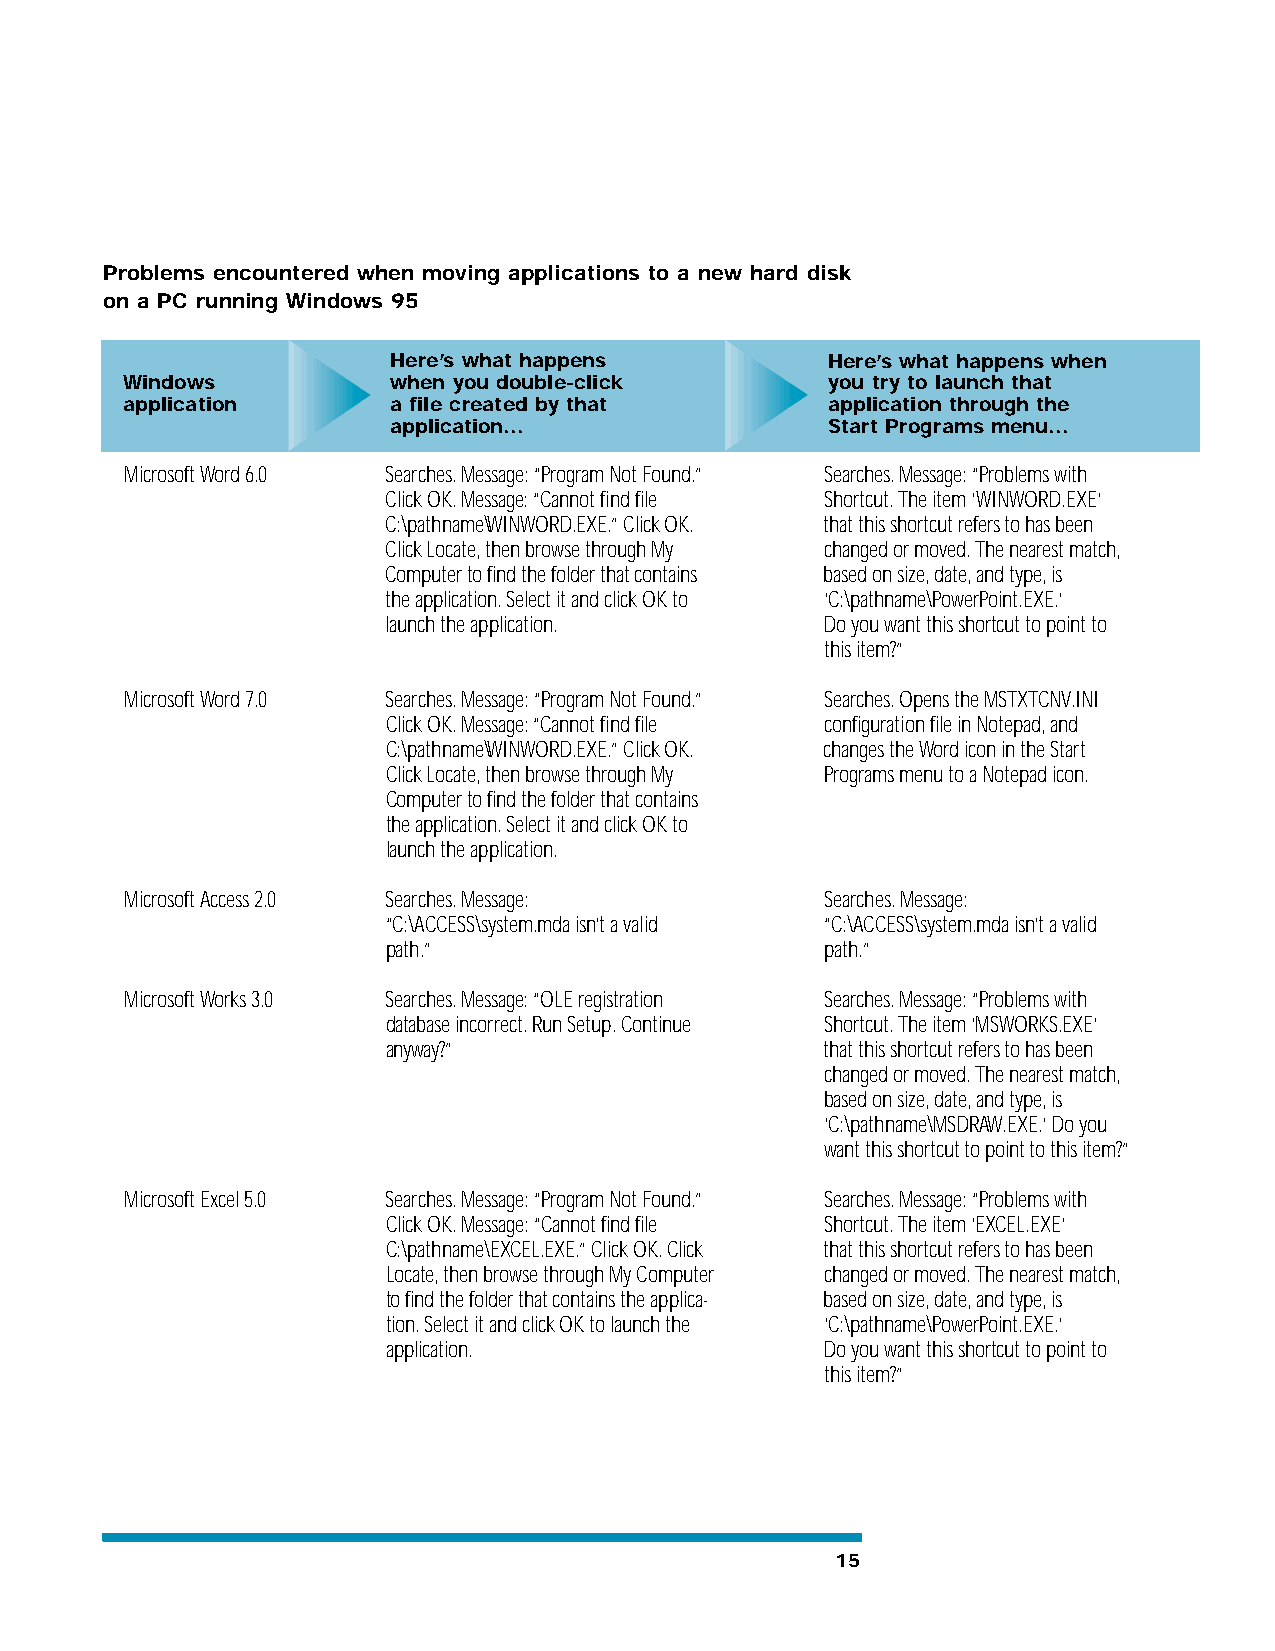
Problems encountered when moving applications to a new hard disk
 on a PC running Windows 95
 Here’s what happens          Here’s what happens when
 Windows           when you double-click        you try to launch that
 application       a file created by that       application through the
 application...               Start Programs menu...
 Microsoft Word 6.0 Searches. Message: “Program Not Found.” Searches. Message: “Problems with
 Click OK. Message: “Cannot find file Shortcut. The item ‘WINWORD.EXE’
 C:\pathname\WINWORD.EXE.” Click OK. that this shortcut refers to has been
 Click Locate, then browse through My changed or moved. The nearest match,
 Computer to find the folder that contains based on size, date, and type, is
 the application. Select it and click OK to ‘C:\pathname\PowerPoint.EXE.’
 launch the application.      Do you want this shortcut to point to
 this item?”
 Microsoft Word 7.0 Searches. Message: “Program Not Found.” Searches. Opens the MSTXTCNV.INI
 Click OK. Message: “Cannot find file configuration file in Notepad, and
 C:\pathname\WINWORD.EXE.” Click OK. changes the Word icon in the Start
 Click Locate, then browse through My Programs menu to a Notepad icon.
 Computer to find the folder that contains
 the application. Select it and click OK to
 launch the application.
 Microsoft Access 2.0 Searches. Message:        Searches. Message:
 “C:\ACCESS\system.mda isn’t a valid “C:\ACCESS\system.mda isn’t a valid
 path.”                       path.”
 Microsoft Works 3.0 Searches. Message: “OLE registration Searches. Message: “Problems with
 database incorrect. Run Setup. Continue Shortcut. The item ‘MSWORKS.EXE’
 anyway?”                     that this shortcut refers to has been
 changed or moved. The nearest match,
 based on size, date, and type, is
 ‘C:\pathname\MSDRAW.EXE.’ Do you
 want this shortcut to point to this item?”
 Microsoft Excel 5.0 Searches. Message: “Program Not Found.” Searches. Message: “Problems with
 Click OK. Message: “Cannot find file Shortcut. The item ‘EXCEL.EXE’
 C:\pathname\EXCEL.EXE.” Click OK. Click that this shortcut refers to has been
 Locate, then browse through My Computer changed or moved. The nearest match,
 to find the folder that contains the applica- based on size, date, and type, is
 tion. Select it and click OK to launch the ‘C:\pathname\PowerPoint.EXE.’
 application.                 Do you want this shortcut to point to
 this item?”
 15